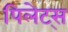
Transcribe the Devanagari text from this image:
पिलेट्स